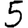
Digit: 5